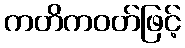
ကတိကဝတ်ဖြင့်